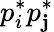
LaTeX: p_{i}^{*}p_{\mathbf{j}}^{*}